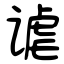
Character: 谑